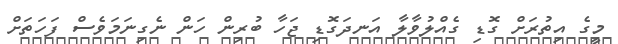
މީގެ އިތުރަށް ގޮޑި ގެއްލުވާލާ އަނދަގޮޑި ޖަހާ ބުރިން ހަން ނެގިނަމަވެސް ފަހަތަށް